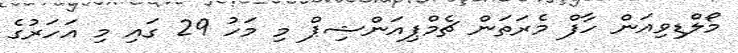
މޯލްޑިވިއަން ހާފް މެރަތަން ޗެމްޕިއަންޝިޕް މި މަހު 29 ގައި މި އަހަރުގެ